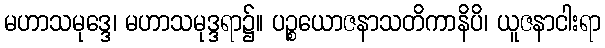
မဟာသမုဒ္ဒေ၊ မဟာသမုဒ္ဒရာ၌။ ပဉ္စယောဇနာသတိကာနိပိ၊ ယူဇနာငါးရာ